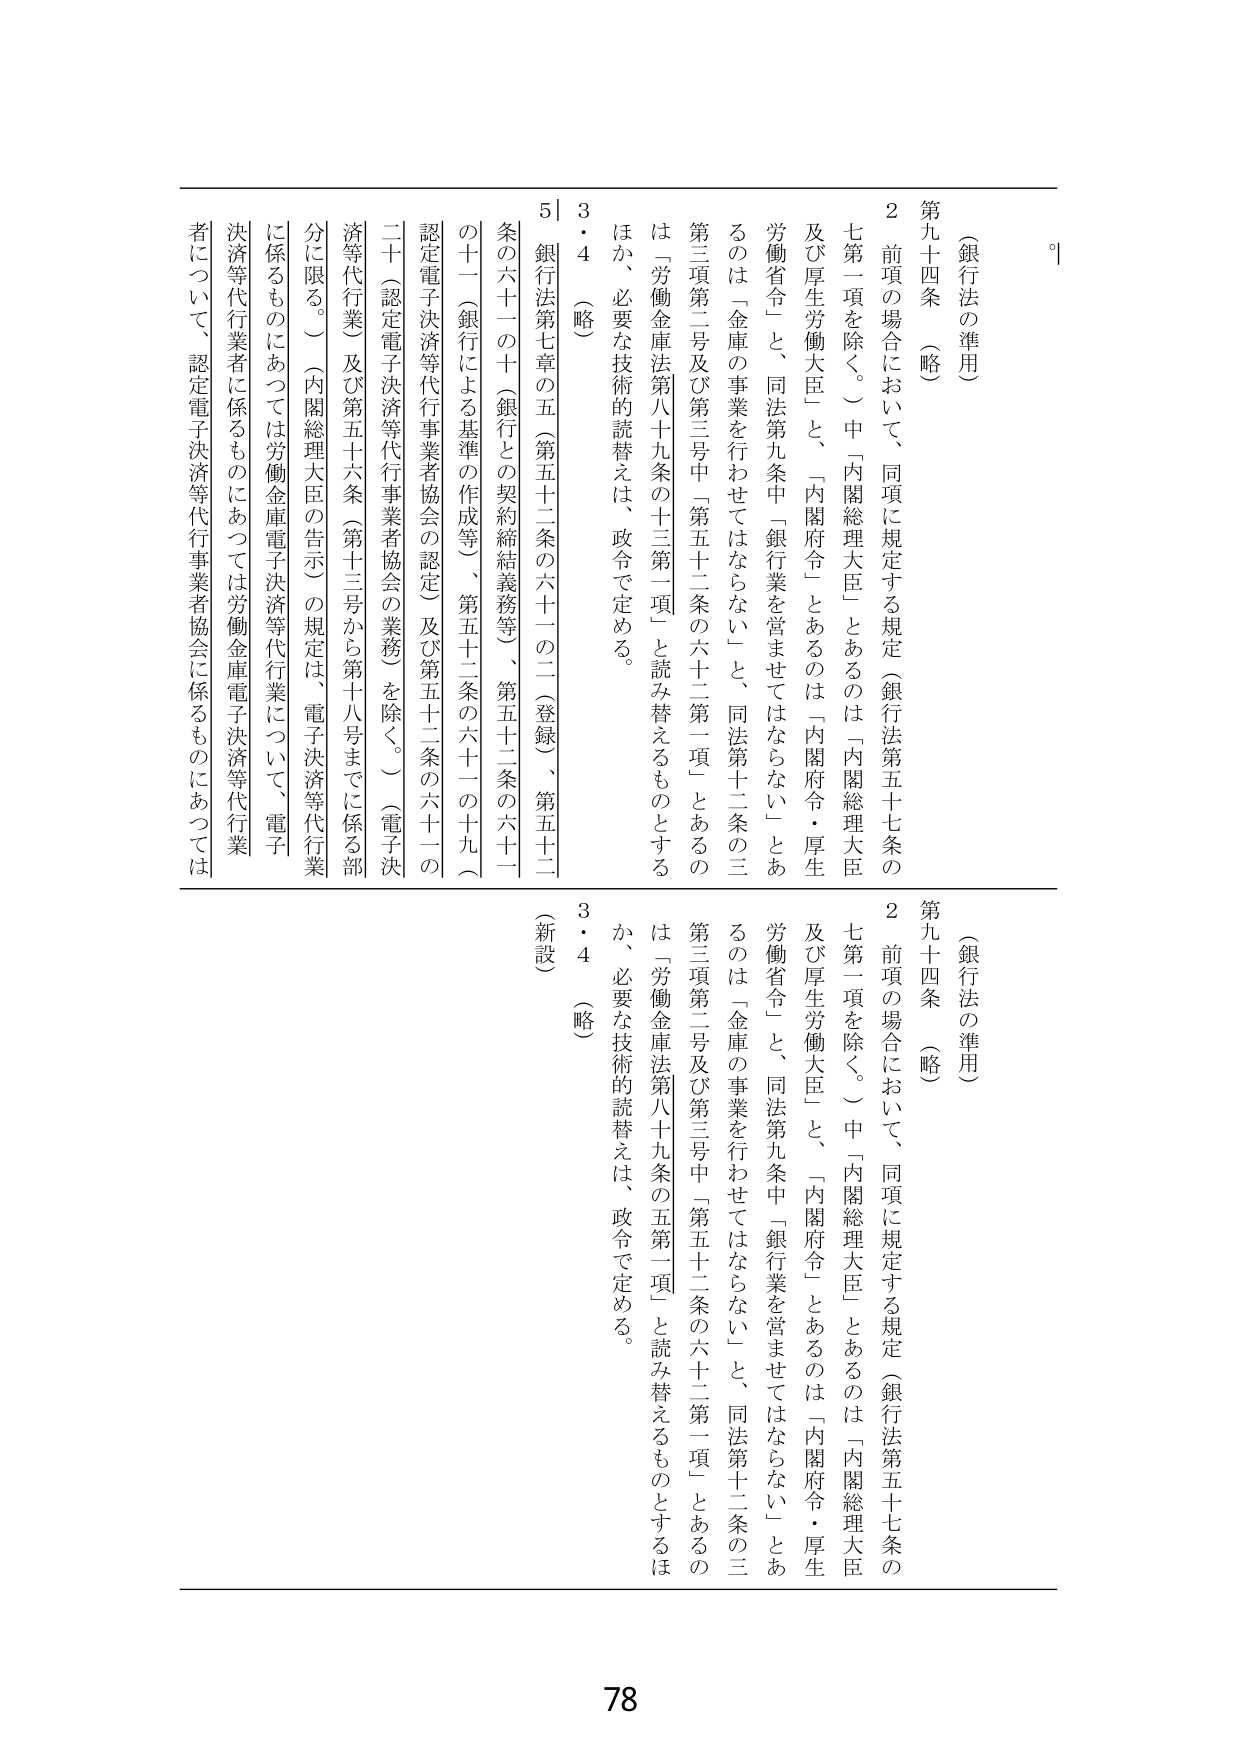
（銀行法の準用）
第九十四条 （略）
２ 前項の場合において、同項に規定する規定（銀行法第五十七条の七第一項を除く。）中「内閣総理大臣」とあるのは「内閣総理大臣及び厚生労働大臣」と、「内閣府令」とあるのは「内閣府令・厚生労働省令」と、同法第九条中「銀行業を営ませてはならない」とあるのは「金庫の事業を行わせてはならない」と、同法第十二条の三第三項第二号及び第三号中「第五十二条の六十二第一項」とあるのは「労働金庫法第八十九条の十三第一項」と読み替えるものとするほか、必要な技術的読替えは、政令で定める。
５ 銀行法第七章の五（第五十二条の六十一の二（登録）、第五十二条の六十一の十（銀行との契約締結義務等）、第五十二条の六十一の十一（銀行による基準の作成等）、第五十二条の六十一の十九（認定電子決済等代行事業者協会の認定）及び第五十二条の六十一の二十（認定電子決済等代行事業者協会の業務）を除く。）（電子決済等代行業）及び第五十六条（第十三号から第十八号までに係る部分に限る。）（内閣総理大臣の告示）の規定は、電子決済等代行業に係るものにあつては労働金庫電子決済等代行業について、電子決済等代行業者に係るものにあつては労働金庫電子決済等代行業者について、認定電子決済等代行事業者協会に係るものにあつては

（銀行法の準用）
第九十四条 （略）
２ 前項の場合において、同項に規定する規定（銀行法第五十七条の七第一項を除く。）中「内閣総理大臣」とあるのは「内閣総理大臣及び厚生労働大臣」と、「内閣府令」とあるのは「内閣府令・厚生労働省令」と、同法第九条中「銀行業を営ませてはならない」とあるのは「金庫の事業を行わせてはならない」と、同法第十二条の三第三項第二号及び第三号中「第五十二条の六十二第一項」とあるのは「労働金庫法第八十九条の五第一項」と読み替えるものとするほか、必要な技術的読替えは、政令で定める。
（新設）
3・4 （略）

78